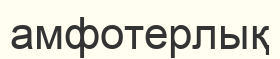
амфотерлық